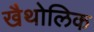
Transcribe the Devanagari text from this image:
खैथोलिक